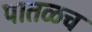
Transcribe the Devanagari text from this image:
पातळच